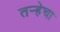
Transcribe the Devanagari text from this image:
तर्‍हेचा